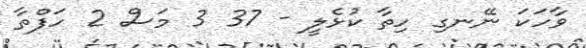
ވާހަކަ ނޭނގި ހިތާ ކުޅެލީ - 37 3 މަސް 2 ހަފްތާ